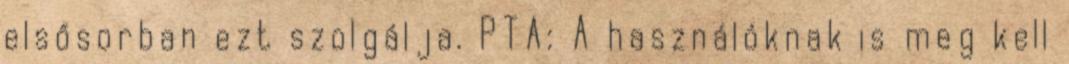
elsősorban ezt szolgálja. PTA: A használóknak is meg kell